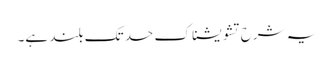
یہ شرح تشویشناک حد تک بلند ہے۔